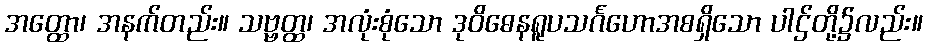
အတ္ထော၊ အနက်တည်း။ သဗ္ဗတ္ထ၊ အလုံးစုံသော ဒုဝိဓေနရူပသင်္ဂဟောအစရှိသော ပါဌ်တို့၌လည်း။